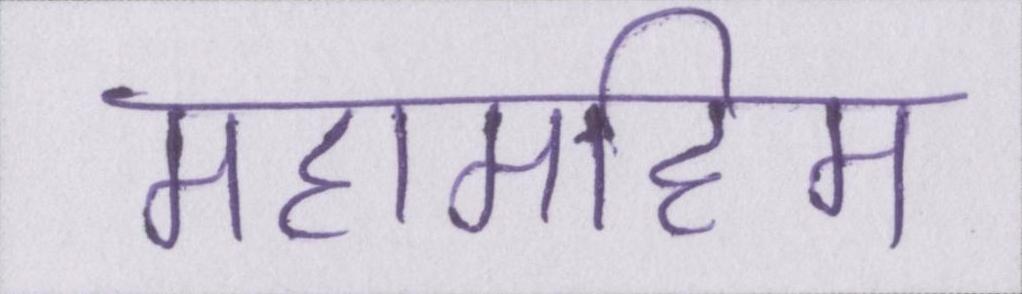
महामहिम